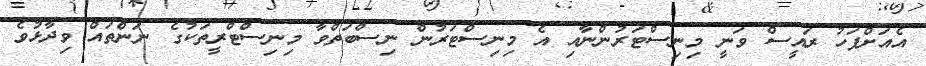
އެއަށްފަހު ރައީސް ވަނީ މިނިސްޓަރުންނާއި އެ މިނިސްޓަރުން ނިސްބަތްވާ މިނިސްޓްރީތަކުގެ ނަންތައް ވިދާޅުވެ